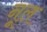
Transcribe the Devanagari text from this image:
नूल